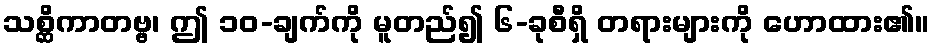
သစ္ဆိကာတဗ္ဗ၊ ဤ ၁၀-ချက်ကို မူတည်၍ ၆-ခုစီရှိ တရားများကို ဟောထား၏။